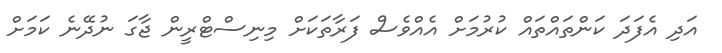
އަދި އެފަދަ ކަންތައްތައް ކުރުމަށް އެއްވެސް ފަރާތަކަށް މިނިސްޓްރީން ޖާގަ ނުދޭނެ ކަމަށް